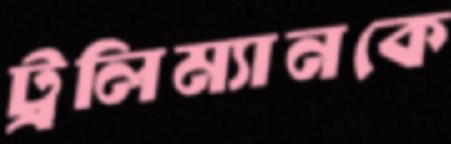
ট্রলিম্যানকে